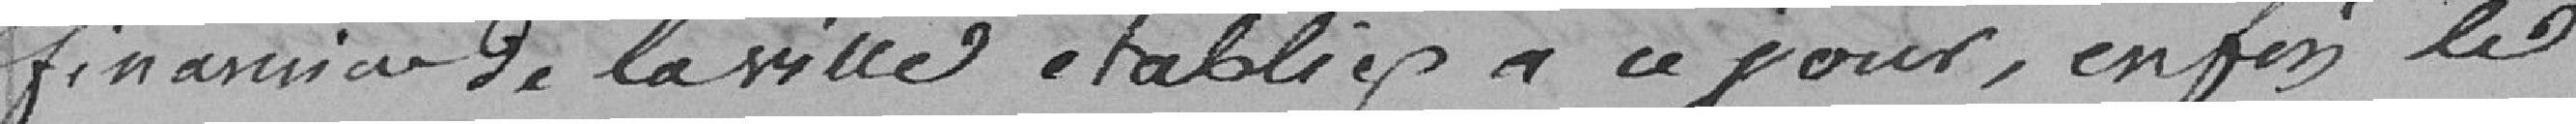
finance de la ville établies à ce jour, enfin le